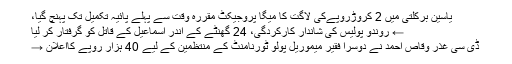
یاسین برکلتی میں 2 کروڑروپےکی لاگت کا میگا پروجیکٹ مقررہ وقت سے پہلے پائیہ تکمیل تک پہنچ گیا،
← روندو پولیس کی شاندار کارکردگی، 24 گھنٹے کے اندر اسماعیل کے قاتل کو گرفتار کر لیا
ڈی سی غذر وقاص احمد نے دوسرا فقیر میموریل پولو ٹورنامنٹ کے منتظمین کے لیے 40 ہزار روپے کااعلان →